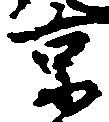
京